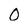
Character: O